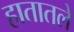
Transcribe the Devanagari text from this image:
हातातले